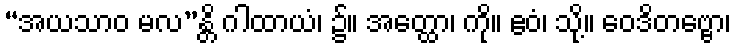
“အယသာဝ မလ”န္တိ ဂါထာယံ၊ ၌။ အတ္ထော၊ ကို။ ဧဝံ၊ သို့။ ဝေဒိတဗ္ဗော၊